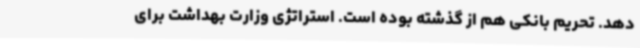
دهد. تحریم بانکی هم از گذشته بوده است. استراتژی وزارت بهداشت برای